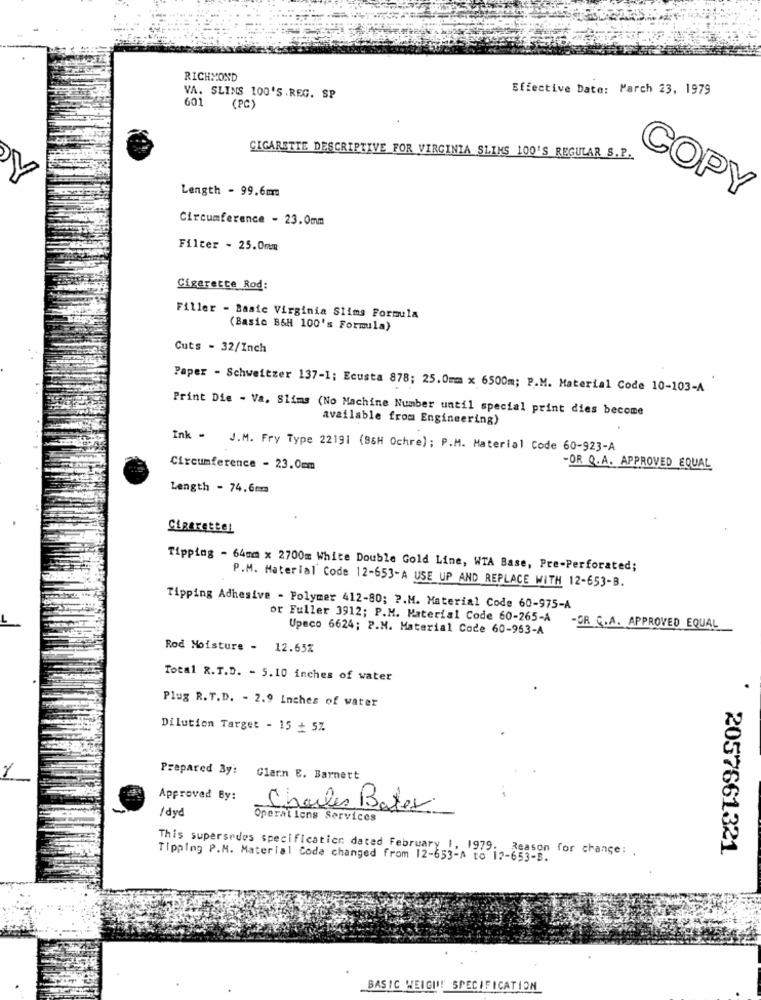
RICHMOND
Effective Date: March 23, 1979
VA. SLIMS 100'S . REG. SP
601
(PC)
CIGARETTE DESCRIPTIVE FOR VIRGINIA SLIMS 100'S REGULAR S.P.
Length - 99.6mm
COPY
Circumference - 23.0mm
Filter - 25.0mm
Cigarette Rod:
Filler - Basic Virginia Slims Formula
(Basic B&H 100's Formula)
Cuts - 32/Inch
Paper - Schweitzer 137-1; Ecusta 878; 25.0mm x 6500m; P.M. Material Code 10-103-A
Print Die - Va. Slims (No Machine Number until special print dies become
available from Engineering)
Ink - J.M. Fry Type 22191 (86H Ochre); P.M. Material Code 60-923-A
Circumference - 23.0mm
-OR Q.A. APPROVED EQUAL
Length - 74.6cm
Cigaretter
Tipping - 64mm x 2700m White Double Gold Line, WTA Base, Pre-Perforated;
P.M. Material Code 12-653-A USE UP AND REPLACE WITH 12-653-B.
Tipping Adhesive - Polymer 412-80; ?. M. Material Code 60-975-A
or Fuller 3912; P.M. Material Code 60-265-A -GR C.A. APPROVED EQUAL
Upeco 6624; P.M. Material Code 60-953-A
Rod Moisture - 12.65%
Total R.T.D. - 5.10 inches of water
Plug R. T.D. - 2.9 Inches of water
Dilution Target - 15 + 5%
Prepared By: Clarn E. Barnert
Approved By:
/dyd
Charles Bater
Operations Services
This supersedes specification dated February 1, 1979. Reason for change: .
2057661321
Tipping P.M. Material Code changed from 12-653-A to 12-653-5.
BASIC WEIGIN! SPECIFICATION